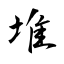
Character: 堆